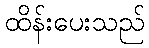
ထိန်းပေးသည်